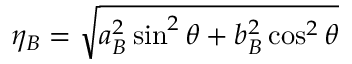
\eta _ { B } = \sqrt { a _ { B } ^ { 2 } \sin ^ { 2 } \theta + b _ { B } ^ { 2 } \cos ^ { 2 } \theta }